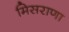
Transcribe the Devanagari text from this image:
मिसराणा